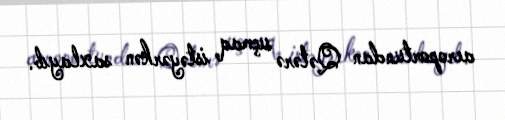
aeroportundan Qətərə uçmaq istəyərkən saxlayıb.